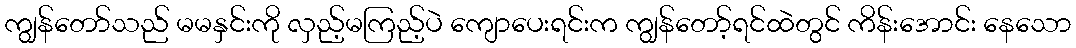
ကျွန်တော်သည် မမနှင်းကို လှည့်မကြည့်ပဲ ကျောပေးရင်းက ကျွန်တော့်ရင်ထဲတွင် ကိန်းအောင်း နေသော